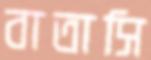
বাতাসি